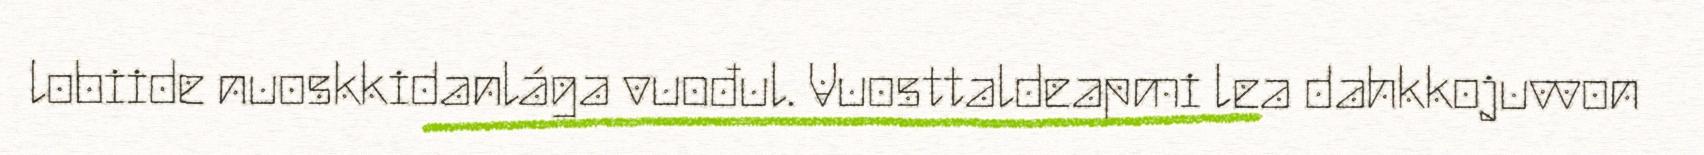
lobiide nuoskkidanlága vuođul. Vuosttaldeapmi lea dahkkojuvvon